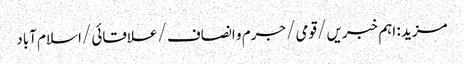
مزید : اہم خبریں /قومی /جرم و انصاف /علاقائی /اسلام آباد